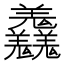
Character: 𦏱